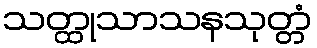
သတ္ထုသာသနသုတ္တံ